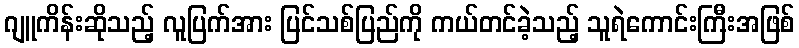
ဂျူကိန်းဆိုသည့် လူပြက်အား ပြင်သစ်ပြည်ကို ကယ်တင်ခဲ့သည့် သူရဲကောင်းကြီးအဖြစ်